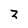
Character: 2